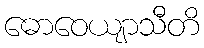
ဓောဝေယျာသီတိ